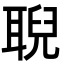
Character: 聣